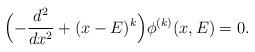
LaTeX: \begin{align*}\Bigl( -\frac{d^2}{dx^2} +(x-E)^k \Bigr) \phi^{(k)}(x,E) =0.\end{align*}